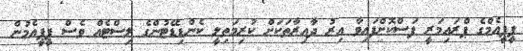
ޕީޕީއެމްގެ ޕްރައިމަރީ ފަސްކޮށްފައިވާ އިރު ދާއިރާތަކަށް ކުރިމަތިލީ ކެންޑިޑޭޓުންގެ ލިސްޓެއް ވެސް ޕީޕީއެމުން